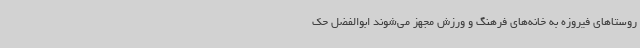
روستاهای فیروزه به خانه‌های فرهنگ و ورزش مجهز می‌شوند ابوالفضل حک